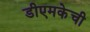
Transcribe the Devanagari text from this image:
डीएमकेची